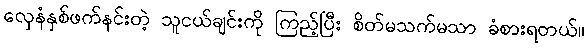
လှေနံနှစ်ဖက်နင်းတဲ့ သူငယ်ချင်းကို ကြည့်ပြီး စိတ်မသက်မသာ ခံစားရတယ်။